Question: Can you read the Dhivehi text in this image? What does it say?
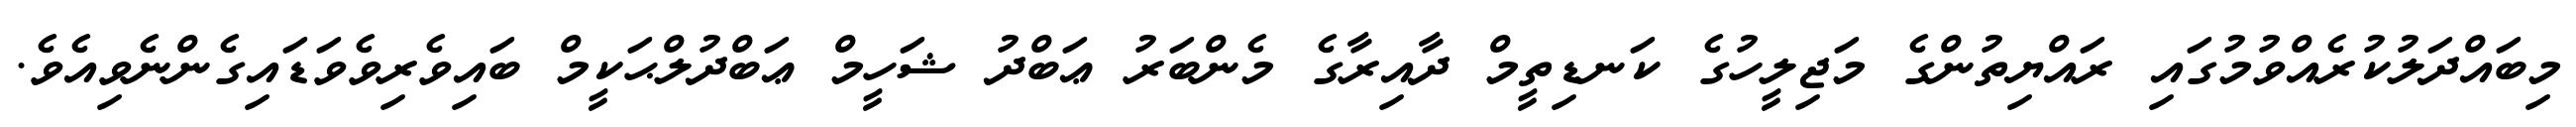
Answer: މިބައްދަލުކުރެއްވުމުގައި ރައްޔިތުންގެ މަޖިލީހުގެ ކަނޑިތީމް ދާއިރާގެ މެންބަރު ޢަބްދު ޝަހީމް ޢަބްދުލްޙަކީމް ބައިވެރިވެވަޑައިގެންނެވިއެވެ.